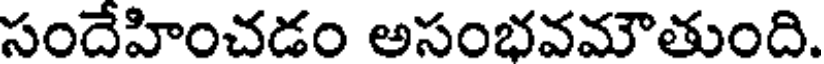
సందేహించడం అసంభవమౌతుంది.